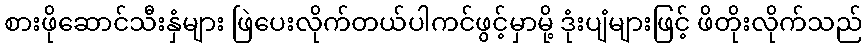
စားဖိုဆောင်သီးနှံများ ဖြဲပေးလိုက်တယ်ပါကင်ဖွင့်မှာမို့ ဒုံးပျံများဖြင့် ဖိတိုးလိုက်သည်